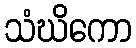
သံဃိကော